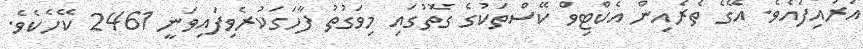
އަރައިފައެވެ. އޭގެ ތެރެއިން އެކްޓިވް ކޭސްތަކުގެ ގޮތުގައި މިވަގުތު ފާހަގަކުރެވިފައިވަނީ 2461 ކޭހެކެވެ.